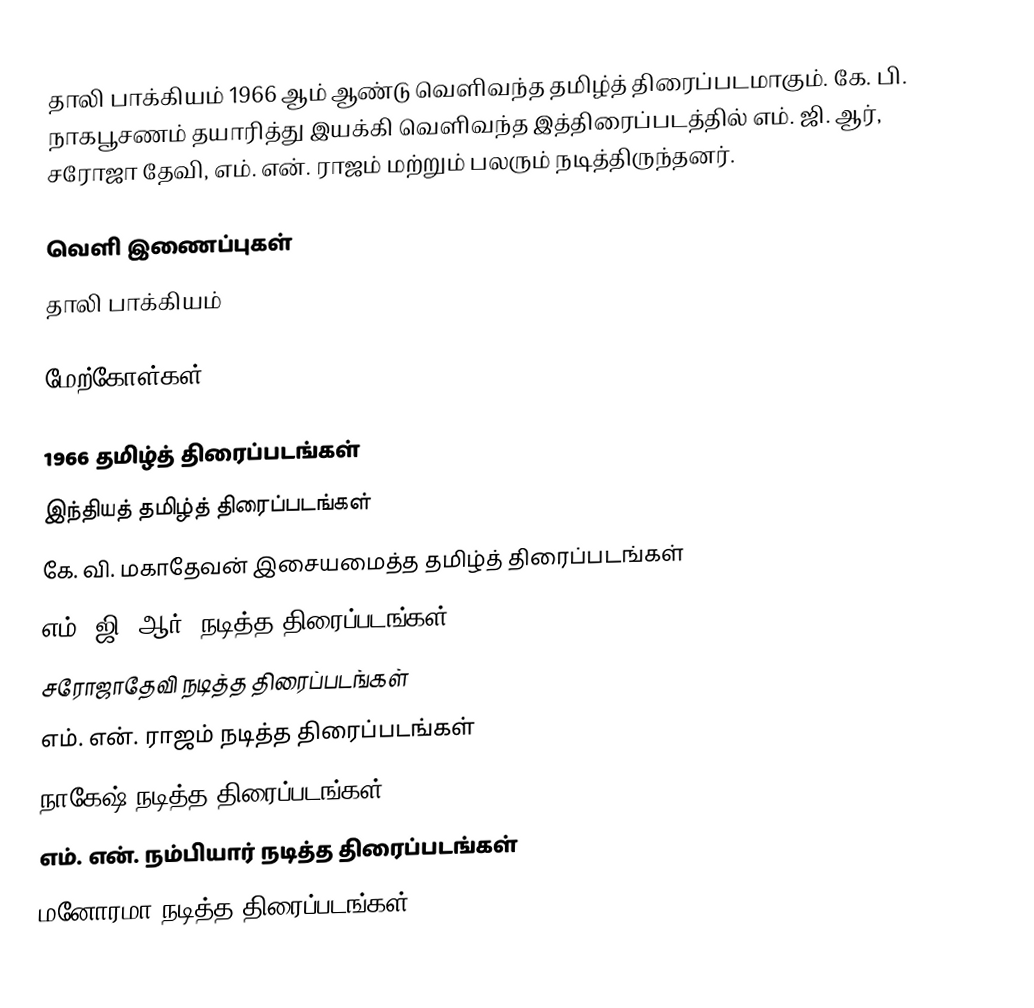
தாலி பாக்கியம் 1966 ஆம் ஆண்டு வெளிவந்த தமிழ்த் திரைப்படமாகும். கே. பி. நாகபூசணம் தயாரித்து இயக்கி வெளிவந்த இத்திரைப்படத்தில் எம். ஜி. ஆர், சரோஜா தேவி, எம். என். ராஜம் மற்றும் பலரும் நடித்திருந்தனர்.

வெளி இணைப்புகள்
 தாலி பாக்கியம்

மேற்கோள்கள்

1966 தமிழ்த் திரைப்படங்கள்
இந்தியத் தமிழ்த் திரைப்படங்கள்
கே. வி. மகாதேவன் இசையமைத்த தமிழ்த் திரைப்படங்கள்
எம். ஜி. ஆர். நடித்த திரைப்படங்கள்
சரோஜாதேவி நடித்த திரைப்படங்கள்
எம். என். ராஜம் நடித்த திரைப்படங்கள்
நாகேஷ் நடித்த திரைப்படங்கள்
எம். என். நம்பியார் நடித்த திரைப்படங்கள்
மனோரமா நடித்த திரைப்படங்கள்